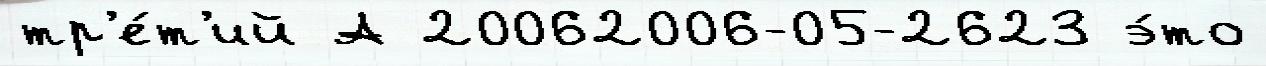
тр'е́т'ий А 20062006-05-2623 э́то